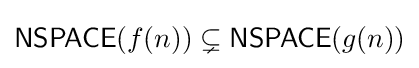
{\mathsf {NSPACE}}(f(n))\subsetneq {\mathsf {NSPACE}}(g(n))